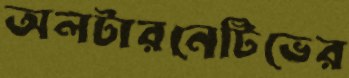
অলটারনেটিভের